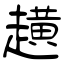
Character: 趪